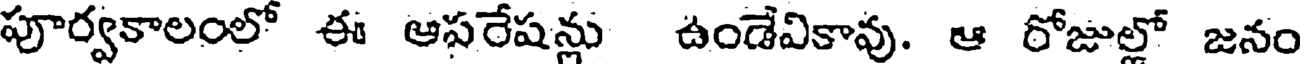
పూర్వకాలంలో ఈ ఆసరేషన్లు ఉండేవికావు. ఆ రోజుల్లో జనం